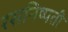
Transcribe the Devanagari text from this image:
रसनिष्पती